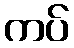
ကပ်